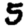
Digit: 5